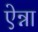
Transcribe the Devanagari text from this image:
ऐन्ना